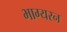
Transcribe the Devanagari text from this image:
भाग्यरन